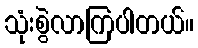
သုံးစွဲလာကြပါတယ်။